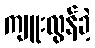
ကျူးလွန်ခဲ့